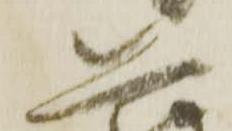
恐